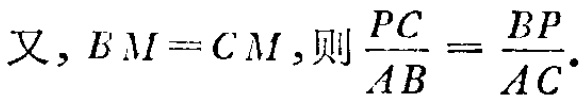
又, \(BM = CM\), 则\(\frac{PC}{AB}=\frac{BP}{AC}\).